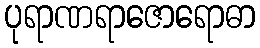
ပုရာဏရာဇောရောဓာ